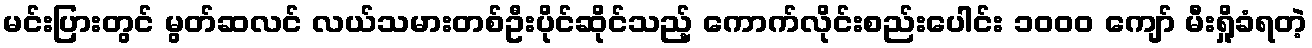
မင်းပြားတွင် မွတ်ဆလင် လယ်သမားတစ်ဦးပိုင်ဆိုင်သည့် ကောက်လိုင်းစည်းပေါင်း ၁၀၀၀ ကျော် မီးရှို့ခံရတဲ့